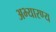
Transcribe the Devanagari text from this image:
अभ्यारण्‍य